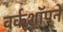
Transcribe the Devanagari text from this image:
वर्कशॉपने